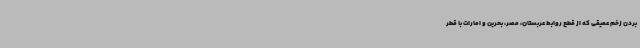
بردن زخم عمیقی که از قطع روابط عربستان، مصر، بحرین و امارات با قطر